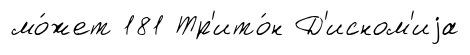
мо́жет 181 Тр'ито́н Д'исном'иjа